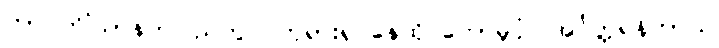
တာဝတိံသာနတ်ပြည်တွင် ဘုရားရှင်နေထိုင်တော်မူပုံ။ အင်္ဂုတ္တရနိကာယ